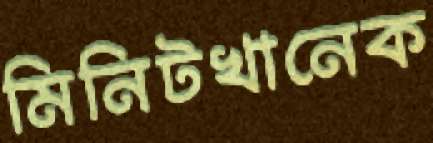
মিনিটখানেক